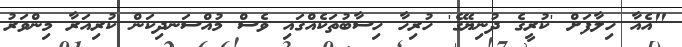
"އެއާ ހިލާފަށް 'ކުރީގެ ދުނިޔޭގެ' ހުރިހާ ހިސާބުތަކެއްގައި ވެސް މުއްސަނދިކަން ކުރިއަރާ މިންވަރު